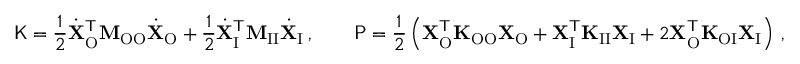
\mathsf { K } = \frac { 1 } { 2 } \dot { \mathbf { X } } _ { \mathrm { O } } ^ { \mathsf { T } } \mathbf { M } _ { \mathrm { O O } } \dot { \mathbf { X } } _ { \mathrm { O } } + \frac { 1 } { 2 } \dot { \mathbf { X } } _ { \mathrm { I } } ^ { \mathsf { T } } \mathbf { M } _ { \mathrm { I I } } \dot { \mathbf { X } } _ { \mathrm { I } } \, , \qquad \mathsf { P } = \frac { 1 } { 2 } \left( \mathbf { X } _ { \mathrm { O } } ^ { \mathsf { T } } \mathbf { K } _ { \mathrm { O O } } \mathbf { X } _ { \mathrm { O } } + \mathbf { X } _ { \mathrm { I } } ^ { \mathsf { T } } \mathbf { K } _ { \mathrm { I I } } \mathbf { X } _ { \mathrm { I } } + 2 \mathbf { X } _ { \mathrm { O } } ^ { \mathsf { T } } \mathbf { K } _ { \mathrm { O I } } \mathbf { X } _ { \mathrm { I } } \right) \, ,